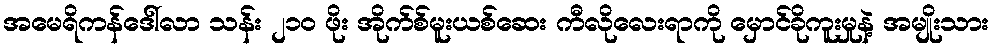
အမေရိကန်ဒေါ်လာ သန်း ၂၁၀ ဖိုး အိုက်စ်မူးယစ်ဆေး ကီလိုလေးရာကို မှောင်ခိုကူးမှုနဲ့ အမျိုးသား